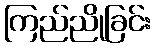
ကြည်ညိုခြင်း